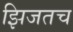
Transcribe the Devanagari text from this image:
झिजतच